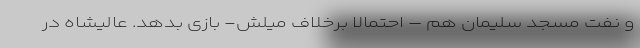
و نفت مسجد سلیمان هم – احتمالاً برخلاف میلش- بازی بدهد. عالیشاه در